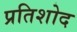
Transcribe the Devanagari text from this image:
प्रतिशोद